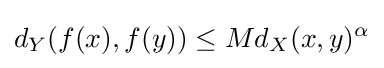
d_{Y}(f(x),f(y))\leq Md_{X}(x,y)^{\alpha }